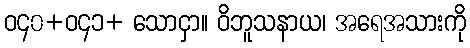
ဝ၄၀+ဝ၄၁+ သောငှာ။ ဝိဘူသနာယ၊ အရေအသားကို